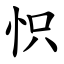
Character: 怾